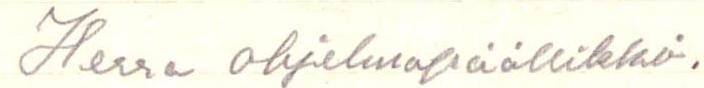
Herra ohjelmapäällikkö.